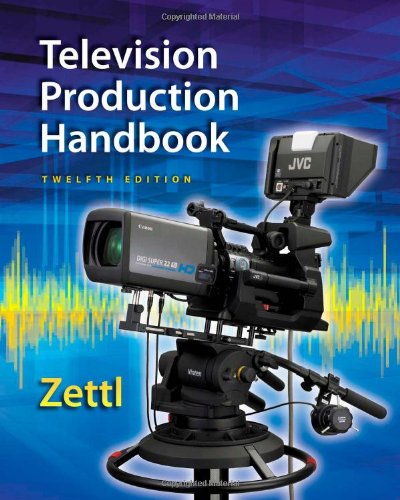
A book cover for Television Production Handbook; Herbert Zettl; Humor & Entertainment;